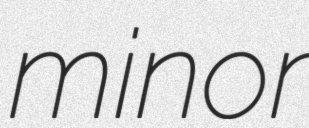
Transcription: minor